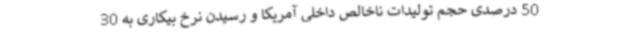
50 درصدی حجم تولیدات ناخالص داخلی آمریکا و رسیدن نرخ بیکاری به 30